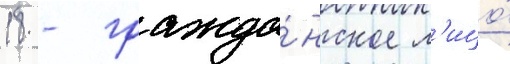
18 - гражда́нское л'ицо́